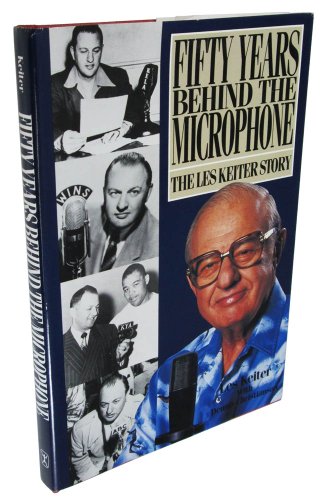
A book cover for Fifty Years Behind the Microphone: The Les Keiter Story (A Kolowalu book); Les Keiter; Sports & Outdoors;